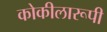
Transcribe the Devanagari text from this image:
कोकीलारूपी